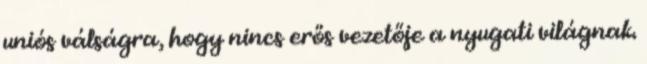
uniós válságra, hogy nincs erős vezetője a nyugati világnak.